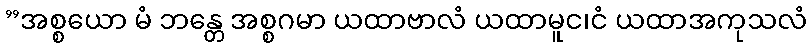
”အစ္စယော မံ ဘန္တေ အစ္စဂမာ ယထာဗာလံ ယထာမူင၊ငံ ယထာအကုသလံ